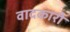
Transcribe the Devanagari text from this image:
वादकारी